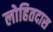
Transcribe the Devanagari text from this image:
लोहितदास